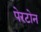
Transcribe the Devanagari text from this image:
पेरटोन